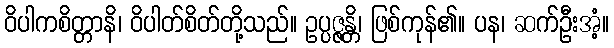
ဝိပါကစိတ္တာနိ၊ ဝိပါတ်စိတ်တို့သည်။ ဥပ္ပဇ္ဇန္တိ၊ ဖြစ်ကုန်၏။ ပန၊ ဆက်ဦးအံ့။